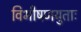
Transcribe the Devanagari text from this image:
विभीषणयुताः